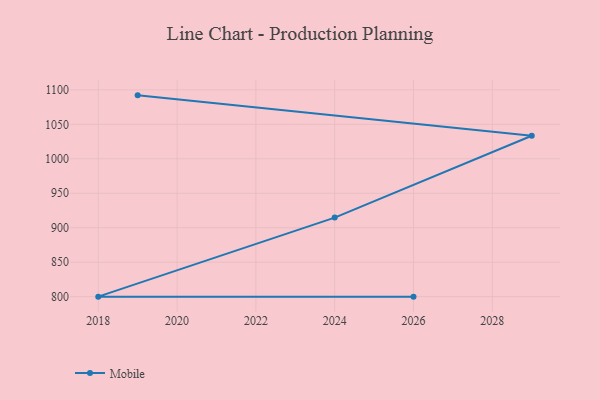
{"axis": {"x": "Year", "y": "Latency (ms)"}, "legend": ["Mobile"], "data": [{"x": "2019", "y": 1092.0, "type": "Mobile"}, {"x": "2029", "y": 1033.4, "type": "Mobile"}, {"x": "2024", "y": 914.7, "type": "Mobile"}, {"x": "2018", "y": 800, "type": "Mobile"}, {"x": "2026", "y": 800, "type": "Mobile"}]}